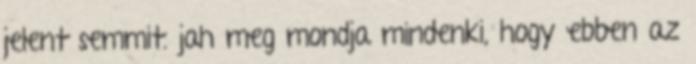
jelent semmit. jah meg mondja mindenki, hogy ebben az